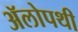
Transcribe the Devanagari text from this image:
ॲलोपथी